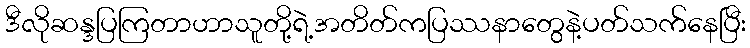
ဒီလိုဆန္ဒပြကြတာဟာသူတို့ရဲ့အတိတ်ကပြဿနာတွေနဲ့ပတ်သက်နေပြီး